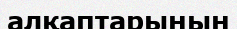
алқаптарынын